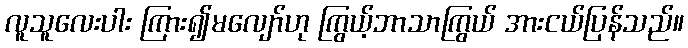
လူသူလေးပါး ကြား၍မလျော်ဟု ကြွယ့်ဘာသာကြွယ် အားငယ်ပြန်သည်။